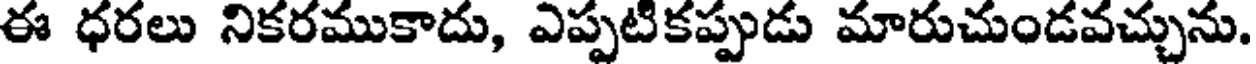
ఈ ధరలు నికరముకాదు, ఎప్పటికప్పుడు మారుచుండవచ్చును.